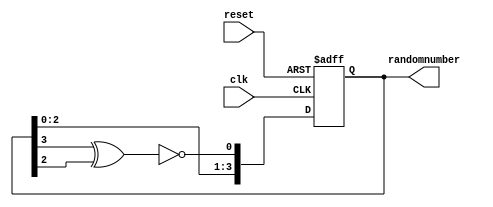
module LFSR (clk, reset, randomnumber);

	input clk;
	input reset;
	output reg [3:0] randomnumber;

	wire feedback;

	assign feedback = ~(randomnumber[3] ^ randomnumber[2]); // bitwise negation of the XOR of the two most significant bits

always @(posedge clk, posedge reset)
  begin
    if (reset)
      randomnumber = 4'b0; // if reset, set random number to 0
    else
      randomnumber = {randomnumber[2:0],feedback}; // if not reset, shift bits of randum number to the right
																	// feedback is the XOR of the two most significant bits
  end
endmodule


// implement a 4-bit LFSR with feedback
// produce a pseudo-random sequence of bits
// used for the generation of the random numbers for the spins